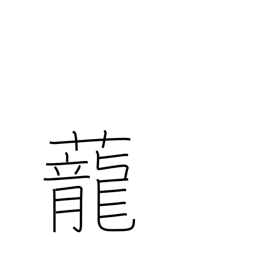
Meaning: dragon grass